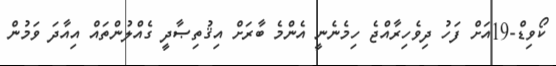
ކޯވިޑް-19އަށް ފަހު ދިވެހިރާއްޖެ ހިމެނެނީ އެންމެ ބާރަށް އިޤުތިޞާދީ ގެއްލުންތައް އިއާދަ ވަމުން